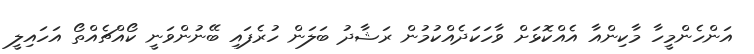
އަންހެންމީހާ މާކިންއާ އެއްކޮޅަށް ވާހަކަދެއްކުމުން ރަޝާދު ބަލަން ހުރެފައި ބޭނުންވަނީ ކޯއްޗެއްތޯ އަހައިލީ